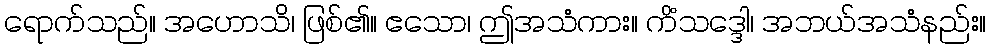
ရောက်သည်။ အဟောသိ၊ ဖြစ်၏။ ဧသော၊ ဤအသံကား။ ကိံသဒ္ဒေါ၊ အဘယ်အသံနည်း။